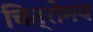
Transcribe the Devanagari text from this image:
चित्रोमय